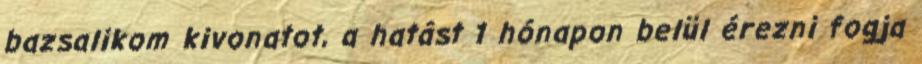
bazsalikom kivonatot, a hatást 1 hónapon belül érezni fogja